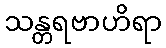
သန္တရဗာဟိရာ